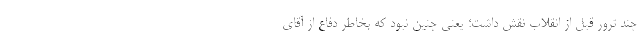
چند ترور قبل از انقلاب نقش داشت؛ یعنی چنین نبود که بخاطر دفاع از آقای